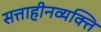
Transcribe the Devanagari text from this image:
सत्ताहीनव्यक्ति